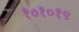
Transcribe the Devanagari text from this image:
१०१०१९